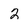
Character: 2